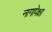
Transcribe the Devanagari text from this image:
नागापेक्षा